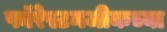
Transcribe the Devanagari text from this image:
फॉरेस्टनजीकच्या